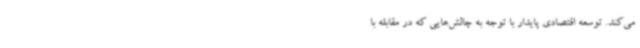
می‌کند. توسعه اقتصادی پایدار با توجه به چالش‌هایی که در مقابله با